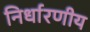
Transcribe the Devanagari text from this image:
निर्धारणीय